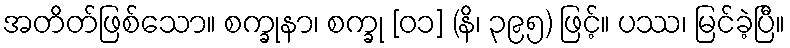
အတိတ်ဖြစ်သော။ စက္ခုနာ၊ စက္ခု [၀၁] (နိ၊ ၃၉၅) ဖြင့်။ ပဿ၊ မြင်ခဲ့ပြီ။